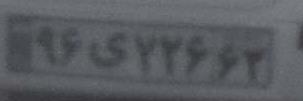
۹۶ی۷۲۶۶۳